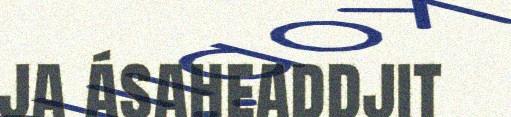
ja ásaheaddjit